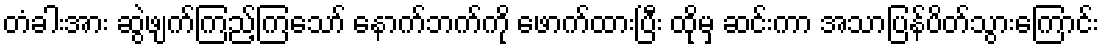
တံခါးအား ဆွဲဖျက်ကြည့်ကြသော် နောက်ဘက်ကို ဖောက်ထားပြီး ထိုမှ ဆင်းကာ အသာပြန်ပိတ်သွားကြောင်း